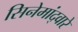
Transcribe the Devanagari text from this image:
सिनेमांद्वारे